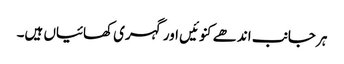
ہر جانب اندھے کنوئیں اور گہری کھائیاں ہیں۔